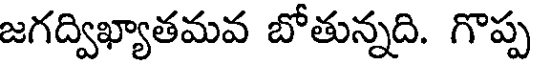
జగద్విఖ్యాతమవ బోతున్నది. గొప్ప